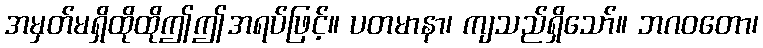
အမှတ်မရှိထိုထိုဤဤအရပ်ဖြင့်။ ပတမာနာ၊ ကျသည်ရှိသော်။ ဘဂဝတော၊